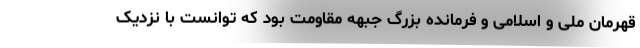
قهرمان ملی و اسلامی و فرمانده بزرگ جبهه مقاومت بود که توانست با نزدیک